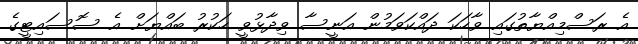
އެ ރަސްމިއްޔާތުގައި ވާހަކަ ދައްކަވަމުން އަނީސާ ވިދާޅުވީ ހަކުރު ބައްޔަށް އެ ސޮސައިޓީގެ